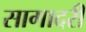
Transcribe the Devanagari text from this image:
सागादरी